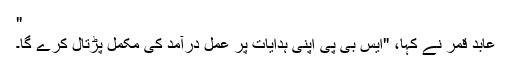
"
عابد قمر نے کہا، "ایس بی پی اپنی ہدایات پر عمل درآمد کی مکمل پڑتال کرے گا۔